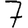
Digit: 7